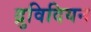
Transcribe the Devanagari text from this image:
द्रुविदियन